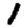
Digit: 1